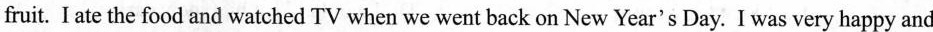
fruit. I ate the food and watched TV when we went back on New Year's Day. I was very happy and